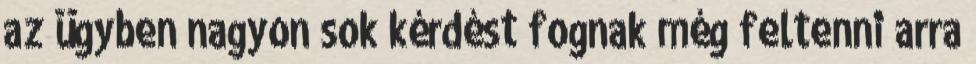
az ügyben nagyon sok kérdést fognak még feltenni arra